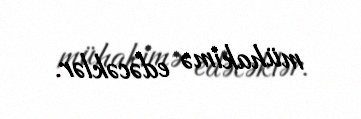
mühakimə edəcəklər.